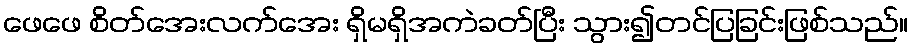
ဖေဖေ စိတ်အေးလက်အေး ရှိမရှိအကဲခတ်ပြီး သွား၍တင်ပြခြင်းဖြစ်သည်။